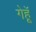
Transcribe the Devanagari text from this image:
गेहॅू